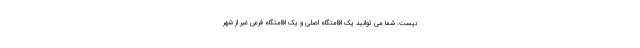
نیست. شما می توانید یک اقامتگاه اصلی و یک اقامتگاه فرعی غیر از شهر